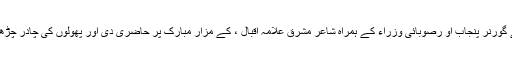
بعد ازاں صدر مملکت نے گورنر پنجاب او رصوبائی وزراء کے ہمراہ شاعر مشرق علامہ اقبال ، کے مزار مبارک پر حاضری دی اور پھولوں کی چادر چڑھائی اور فاتحہ خوانی کی ۔